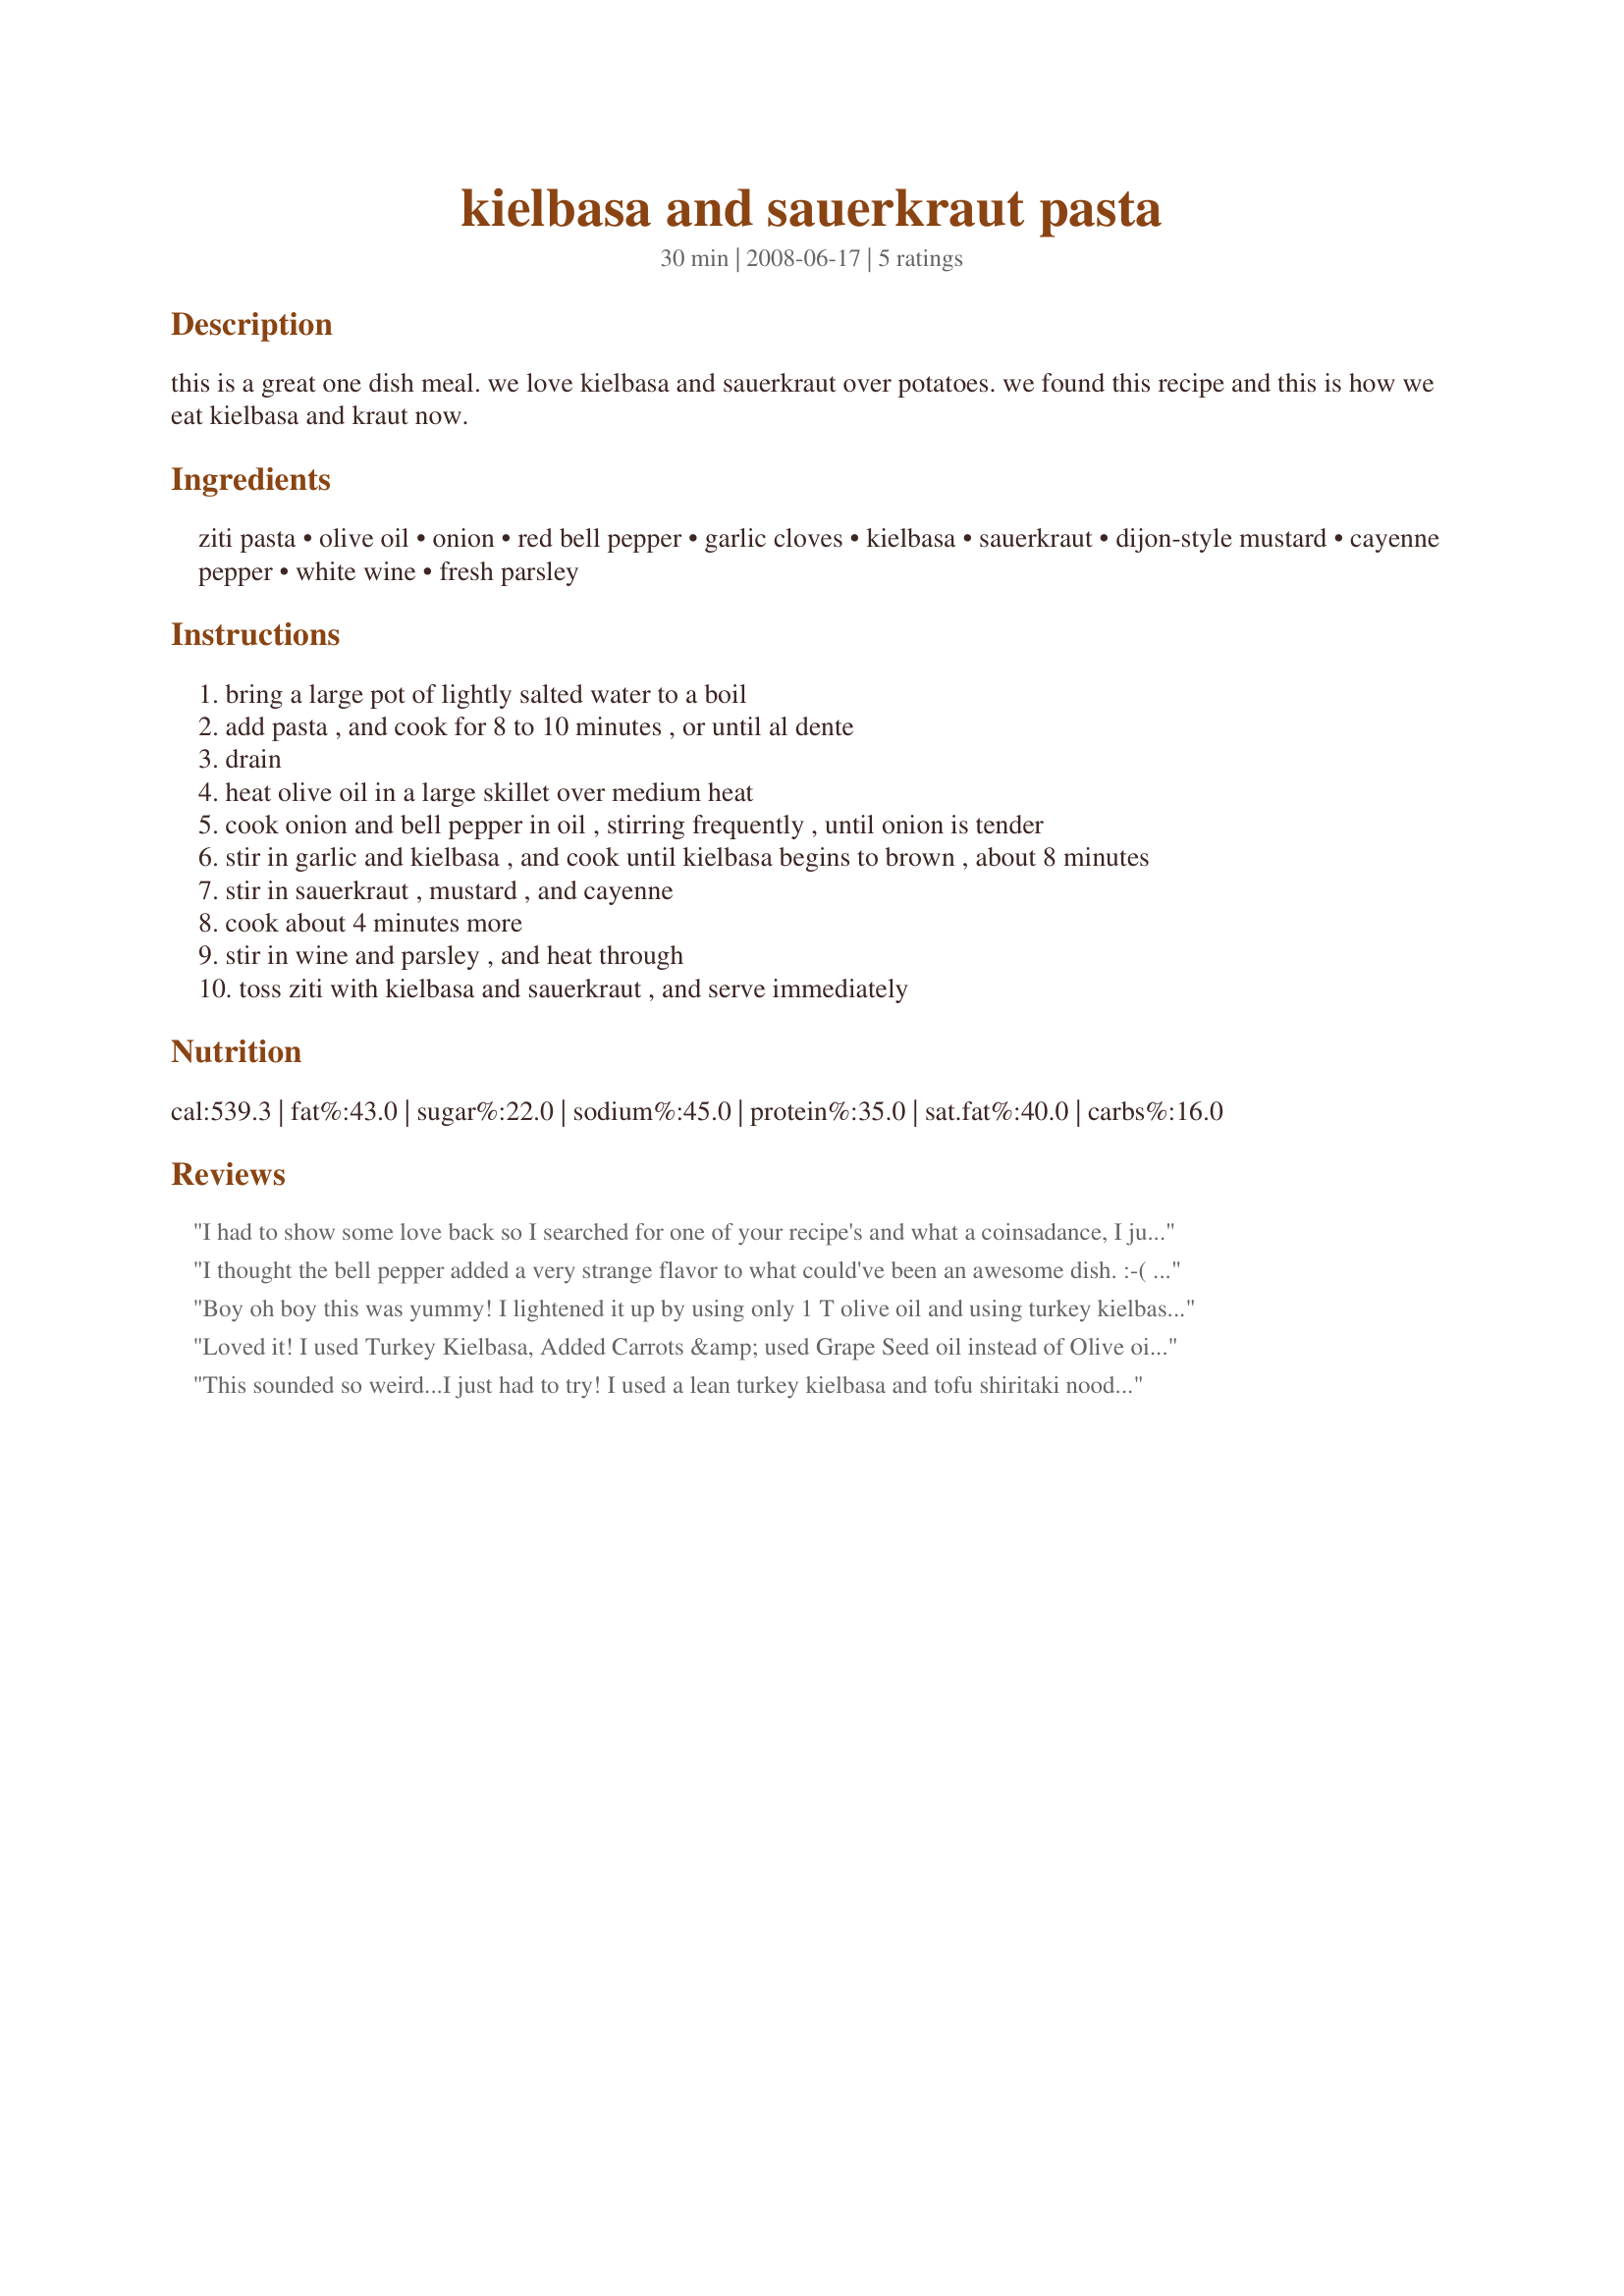
kielbasa and sauerkraut pasta
Preparation time: 30 minutes

this is a great one dish meal. we love kielbasa and sauerkraut over potatoes. we found this recipe and this is how we eat kielbasa and kraut now.

Ingredients:
ziti pasta, olive oil, onion, red bell pepper, garlic cloves, kielbasa, sauerkraut, dijon-style mustard, cayenne pepper, white wine, fresh parsley

Steps:
bring a large pot of lightly salted water to a boil
add pasta , and cook for 8 to 10 minutes , or until al dente
drain
heat olive oil in a large skillet over medium heat
cook onion and bell pepper in oil , stirring frequently , until onion is tender
stir in garlic and kielbasa , and cook until kielbasa begins to brown , about 8 minutes
stir in sauerkraut , mustard , and cayenne
cook about 4 minutes more
stir in wine and parsley , and heat through
toss ziti with kielbasa and sauerkraut , and serve immediately

Reviews:
I had to show some love back so I searched for one of your recipe's and what a coinsadance, I just love Keilbasa. Instead of the Ziti pasta, I used rigatoni and added some hot sauce. A very unique dish indeed and tasty. Kudos to you!
I thought the bell pepper added a very strange flavor to what could've been an awesome dish. :-( Don't think we'll be repeating this one, unfortunately.
Boy oh boy this was yummy! I lightened it up by using only 1 T olive oil and using turkey kielbasa; otherwise I followed the recipe to a "t". There isn't necessarily anything earthshattering about this--there are lots of sausage and kraut with noodle recipes. What is notable about this one is that it is the first one to capture all the flavors I want in such a dish. Usually I am left saying "well, if only it had this or that"--not so here. That said, next time I will probably take the pasta down to 8 oz-ish so each bite will have more kraut and sausage. Oh, btw, my 1 year old DS really went to town on this, so it is safe to say it is fairly kid friendly. Thanks so much for posting! Made for 123 Hit Wonders.
Loved it! I used Turkey Kielbasa, Added Carrots &amp; used Grape Seed oil instead of Olive oil (olive oil should never be heated). I also used Potatoes instead of Pasta. Now I have another Gluten &amp; Dairy free recipe! Thank you!!
This sounded so weird...I just had to try! I used a lean turkey kielbasa and tofu shiritaki noodles instead of the ziti. Worked out great, very tasty. I had to try a few bites with sugar (Splenda) sprinkled on, as I love a sweet, salty, and sour taste...YUM. Will definately add the sweet next time! Thanks for posting this unique (to me) dish.
